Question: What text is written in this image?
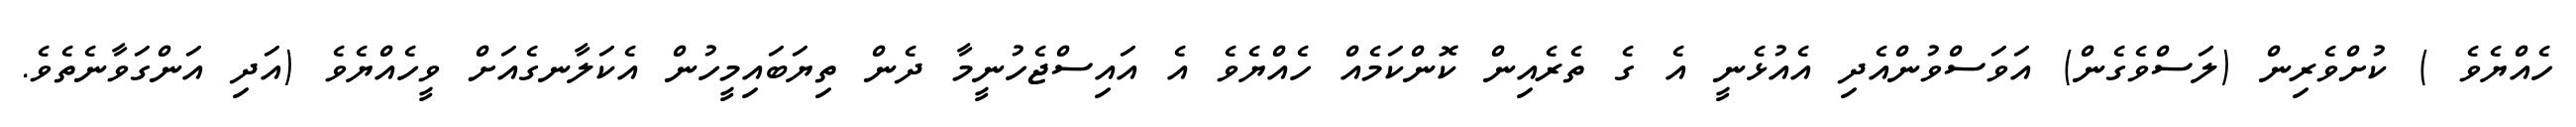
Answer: ހެއްޔެވެ ) ކުށްވެރިން (ލަސްވެގެން) އަވަސްވުންއެދި އެއުޅެނީ އެ ގެ ތެރެއިން ކޮންކަމެއް ހެއްޔެވެ އެ އައިސްޖެހުނީމާ ދެން ތިޔަބައިމީހުން އެކަލާނގެއަށް ވީހެއްޔެވެ (އަދި އަންގަވާނެތެވެ.